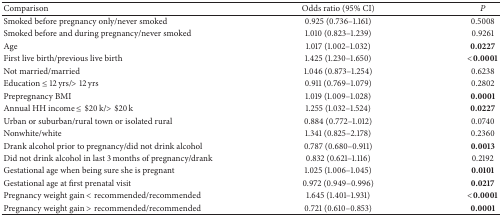
| Comparison | Odds ratio (95% CI) | P |
 | --- | --- | --- |
 | Smoked before pregnancy only/never smoked | 0.925 (0.736–1.161) | 0.5008 |
 | Smoked before and during pregnancy/never smoked | 1.010 (0.823–1.239) | 0.9261 |
 | Age | 1.017 (1.002–1.032) | 0.0227 |
 | First live birth/previous live birth | 1.425 (1.230–1.650) | <0.0001 |
 | Not married/married | 1.046 (0.873–1.254) | 0.6238 |
 | Education ≤ 12 yrs/> 12 yrs | 0.911 (0.769–1.079) | 0.2802 |
 | Prepregnancy BMI | 1.019 (1.009–1.028) | 0.0001 |
 | Annual HH income ≤ $20 k/> $20 k | 1.255 (1.032–1.524) | 0.0227 |
 | Urban or suburban/rural town or isolated rural | 0.884 (0.772–1.012) | 0.0740 |
 | Nonwhite/white | 1.341 (0.825–2.178) | 0.2360 |
 | Drank alcohol prior to pregnancy/did not drink alcohol | 0.787 (0.680–0.911) | 0.0013 |
 | Did not drink alcohol in last 3 months of pregnancy/drank | 0.832 (0.621–1.116) | 0.2192 |
 | Gestational age when being sure she is pregnant | 1.025 (1.006–1.045) | 0.0101 |
 | Gestational age at first prenatal visit | 0.972 (0.949–0.996) | 0.0217 |
 | Pregnancy weight gain < recommended/recommended | 1.645 (1.401–1.931) | <0.0001 |
 | Pregnancy weight gain > recommended/recommended | 0.721 (0.610–0.853) | 0.0001 |